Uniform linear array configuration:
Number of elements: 32
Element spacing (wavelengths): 1
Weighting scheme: uniform
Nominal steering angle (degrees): -30
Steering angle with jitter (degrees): -29.76
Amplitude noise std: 0.05
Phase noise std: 0.05

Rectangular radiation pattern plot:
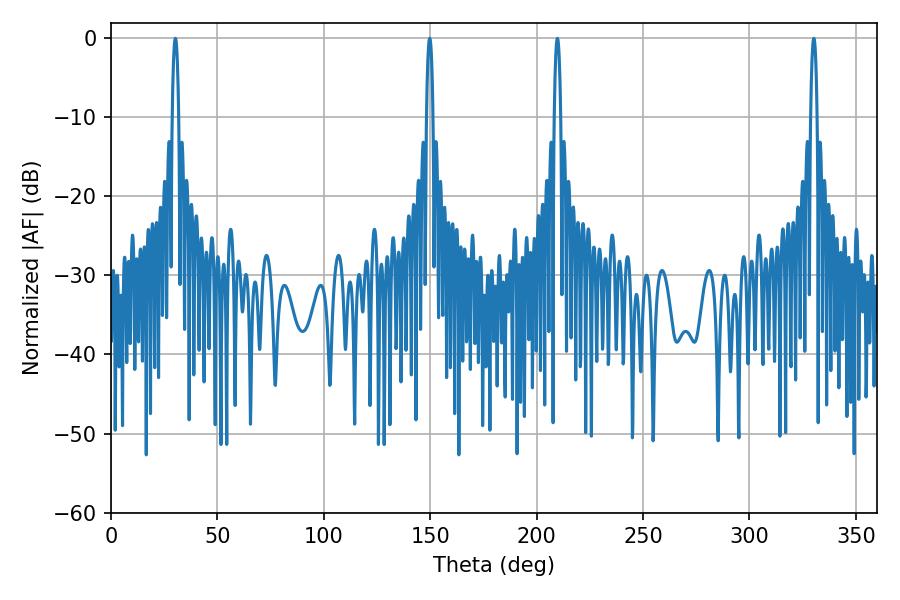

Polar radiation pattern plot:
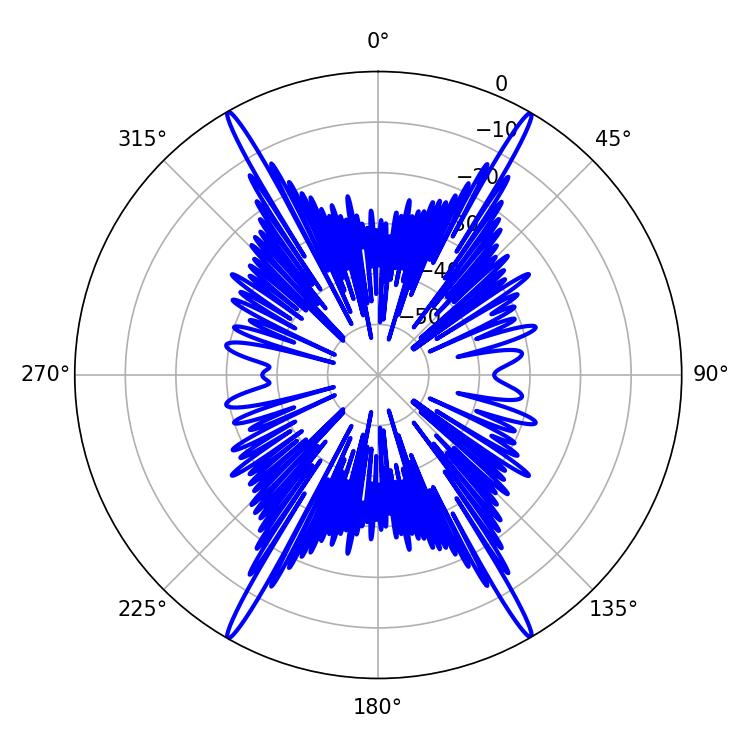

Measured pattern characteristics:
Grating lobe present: TRUE
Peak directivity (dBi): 34.239
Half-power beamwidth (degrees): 1.8
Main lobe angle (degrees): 149.76